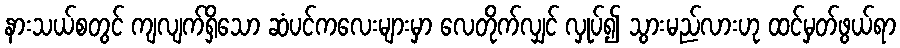
နားသယ်စတွင် ကျလျက်ရှိသော ဆံပင်ကလေးများမှာ လေတိုက်လျှင် လှုပ်၍ သွားမည်လားဟု ထင်မှတ်ဖွယ်ရာ